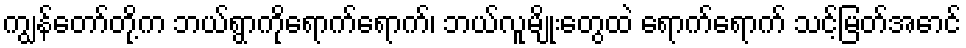
ကျွန်တော်တို့က ဘယ်ရွာကိုရောက်ရောက်၊ ဘယ်လူမျိုးတွေထဲ ရောက်ရောက် သင့်မြတ်အောင်